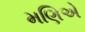
મણિએ